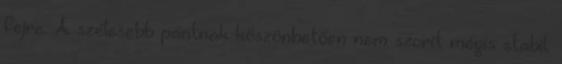
fejre. A szélesebb pántnak köszönhetően nem szorít mégis stabil.